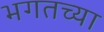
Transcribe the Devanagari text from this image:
भगतच्या